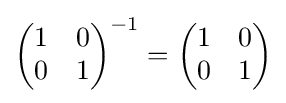
\left({\begin{matrix}1&0\\0&1\end{matrix}}\right)^{-1}=\left({\begin{matrix}1&0\\0&1\end{matrix}}\right)